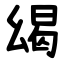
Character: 㡫